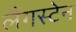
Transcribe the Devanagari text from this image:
लैंगस्टेन